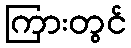
ကြားတွင်